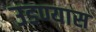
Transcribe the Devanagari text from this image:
उडण्यास